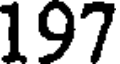
197